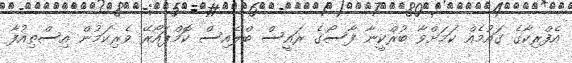
އެފްރިކާގެ ގައުމެއް ކަމަށްވާ ބުރްކީނާ ފާސޯގެ ރައީސް ބްލެއިސް ކޮމްޕައޯރޭ ވެރިކަމުން އިސްތިއުފާ